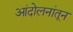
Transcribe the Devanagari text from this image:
आंदोलनांतून